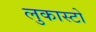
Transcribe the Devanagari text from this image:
लुकास्टो